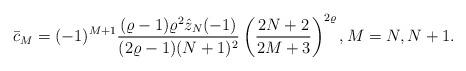
LaTeX: \begin{align*}\bar{c}_M = (-1)^{M+1} \frac{(\varrho-1)\varrho^2 \hat{z}_N(-1)}{(2\varrho-1) (N+1)^2} \left(\frac{2N+2}{2M+3}\right)^{2\varrho}, M=N,N+1.\end{align*}